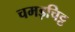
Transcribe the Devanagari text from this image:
चमड़चिट्ट